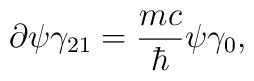
\partial \psi \gamma_{21} = \frac{mc}{\hbar} \psi \gamma_0  ,